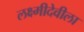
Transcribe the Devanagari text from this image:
लक्ष्मीदेवीला